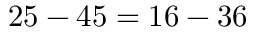
2 5 - 4 5 = 1 6 - 3 6